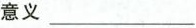
意义___